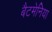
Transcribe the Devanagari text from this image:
बैटमेनिया